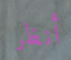
أنظر